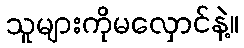
သူများကိုမလှောင်နဲ့။